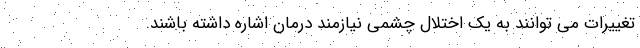
تغییرات می توانند به یک اختلال چشمی نیازمند درمان اشاره داشته باشند.